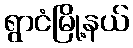
ရွာငံမြို့နယ်